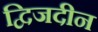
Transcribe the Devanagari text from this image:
द्विजदीन